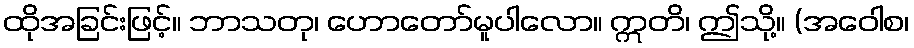
ထိုအခြင်းဖြင့်။ ဘာသတု၊ ဟောတော်မူပါလော။ ဣတိ၊ ဤသို့။ (အဝေါစ၊